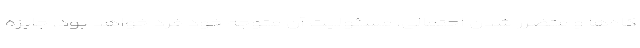
گاه‌ها و متضرر شدن احتمالی، مسئولیت آن متوجه خود فرد خواهد بود. جایزه